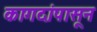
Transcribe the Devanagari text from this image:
कागदांपासून